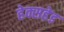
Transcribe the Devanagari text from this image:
हेक्सहेड